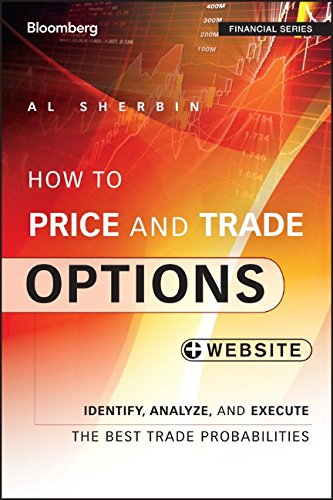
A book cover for How to Price and Trade Options: Identify, Analyze, and Execute the Best Trade Probabilities, + Website (Bloomberg Financial); Al Sherbin; Business & Money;